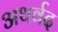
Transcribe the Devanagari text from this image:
अथर्वद